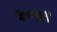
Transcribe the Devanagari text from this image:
५०५१